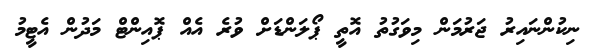
ނިކުންނައިރު ޖަރުމަން މިވަގުތު އޮތީ ޕޯލަންޑަށް ވުރެ އެއް ޕޮއިންޓް މަދުން އެޓީމު